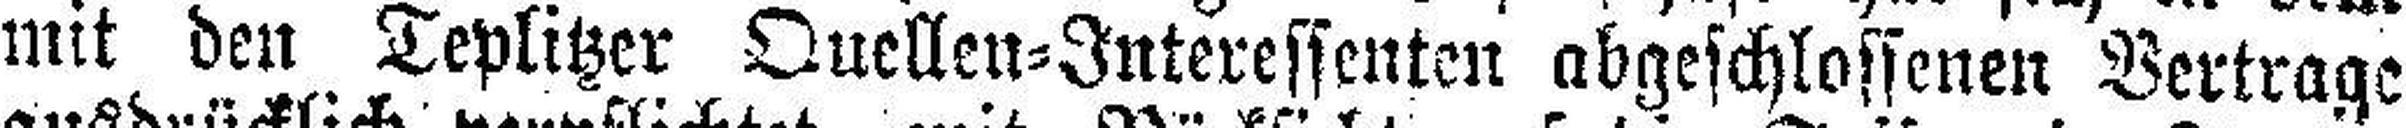
mit den Teplitzer Quellen=Interessenten abgeschlossenen Vertrage